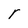
Character: r